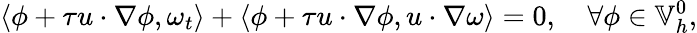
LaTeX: \left\langle\phi+\tau u\cdot\nabla\phi,\omega_{t}\right\rangle+\left\langle\phi+\tau u\cdot\nabla\phi,u\cdot\nabla\omega\right\rangle=0,\quad\forall\phi\in\mathbb{V}_{h}^{0},